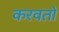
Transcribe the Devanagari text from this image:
करवतो